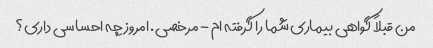
من قبلاً گواهی بیماری شما را گرفته ام - مرخصی. امروز چه احساسی داری؟